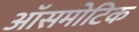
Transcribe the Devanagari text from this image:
ऑसमोटिक